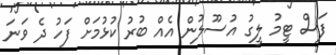
ފަސް ޓީމު ލީގު އުސޫލުން އެއް ބުރު ކުޅުމަށް ފަހު ދެ ވަނަ